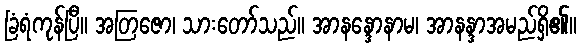
ခြံရံကုန်ပြီ။ အတြဇော၊ သားတော်သည်။ အာနန္ဒောနာမ၊ အာနန္ဒာအမည်ရှိ၏။